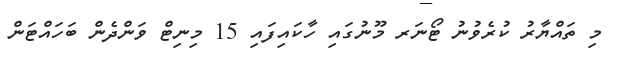
މި ތައްޔާރު ކުރެވުނު ޓޯނަރ މޫނުގައި ހާކައިފައި 15 މިނިޓް ވަންދެން ބަހައްޓަން